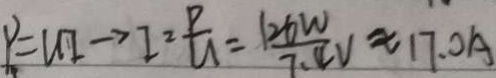
P = u I \rightarrow I = \frac { P } { U } = \frac { 1 2 6 W } { 7 . 4 V } \approx 1 7 . 0 A